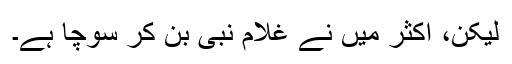
لیکن، اکثر میں نے غلام نبی بن کر سوچا ہے۔